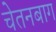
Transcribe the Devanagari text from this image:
चेतनबाग